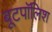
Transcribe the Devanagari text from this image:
बूटपॉलिश